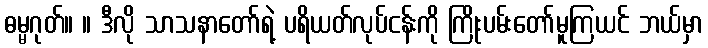
ဓမ္မဂုတ်။ ။ ဒီလို သာသနာတော်ရဲ့ ပရိယတ်လုပ်ငန်းကို ကြိုးပမ်းတော်မူကြယင် ဘယ်မှာ